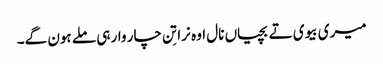
میری بیوی تے بچیاں نال اوہ نرا تِن چار وار ہی ملے ہون گے۔